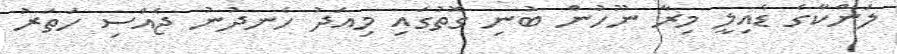
ލަންކާގެ ޑެއިލީ މިރާ ނޫހުން ބުނި ގޮތުގައި މިއަދު ހެނދުނު ޖެއްސި ހަތަރު